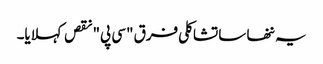
یہ ننھا سا تشاکلی فرق "سی پی" نقص کہلایا۔